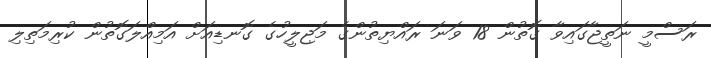
ރަސްމީ ނަތީޖާގައިވާ ގޮތުން 18 ވަނަ ރައްޔިތުންގެ މަޖިލީހުގެ ގޮނޑިއަށް އަމިއްލަގޮތުން ކުރިމަތިލި